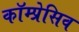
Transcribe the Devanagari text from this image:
कॉम्प्रेसिव